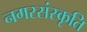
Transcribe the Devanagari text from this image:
नगरसंस्कृति